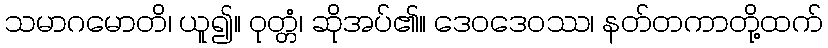
သမာဂမောတိ၊ ယူ၍။ ဝုတ္တံ၊ ဆိုအပ်၏။ ဒေဝဒေဝဿ၊ နတ်တကာတို့ထက်